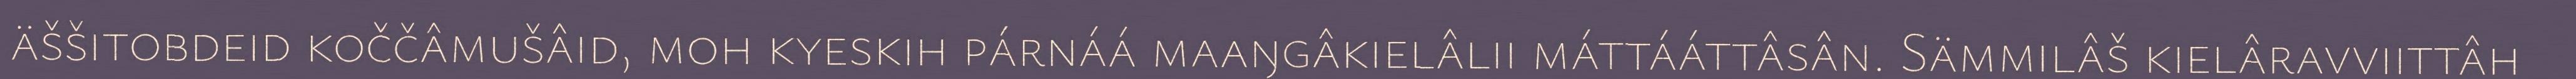
äššitobdeid koččâmušâid, moh kyeskih párnáá maaŋgâkielâlii máttááttâsân. Sämmilâš kielâravviittâh